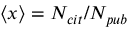
\left\langle { x } \right\rangle = N _ { c i t } / N _ { p u b }